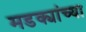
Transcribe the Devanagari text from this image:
मडक्यांच्या